Civil Veterinary Dept. Bombay admin report 1907-1913 - 1907-1913
Year: 1907
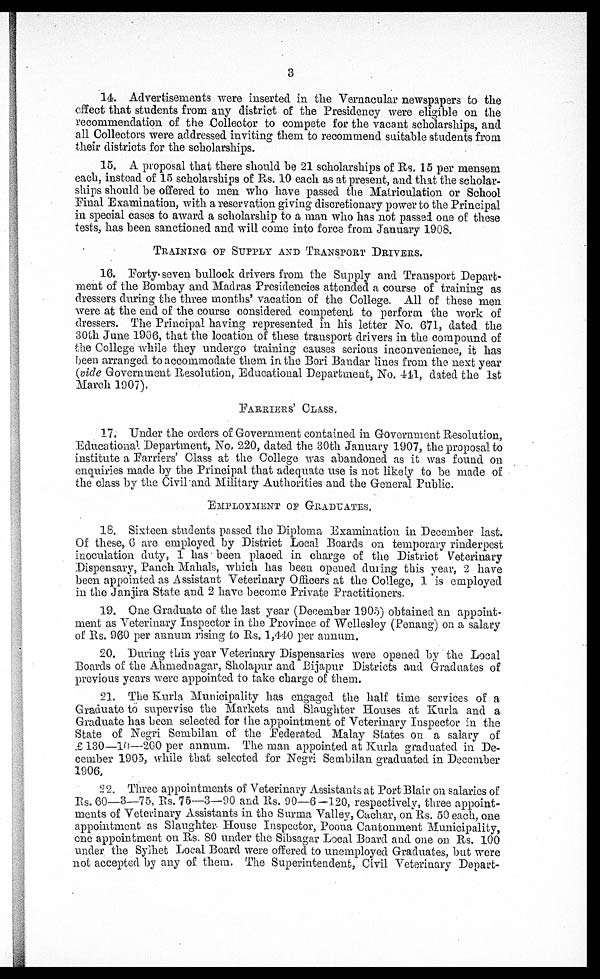
3
14. Advertisements were inserted in the Vernacular newspapers to the
effect that students from any district of the Presidency were eligible on the
recommendation of the Collector to compete for the vacant scholarships, and
all Collectors were addressed inviting them to recommend suitable students from
their districts for the scholarships.
15. A proposal that there should he 21 scholarships of Rs. 15 per mensem
each, instead of 15 scholarships of Rs. 10 each as at present, and that the scholar-
ships should be offered to men who have passed the Matriculation or School
Pinal Examination, with a reservation giving discretionary power to the Principal
in special cases to award a scholarship to a man who has not passed one of these
tests, has been sanctioned and will come into force from January 1908.
TRAINING OF SUPPLY AND TRANSPORT DRIVERS.
16. Forty-seven bullock drivers from the Supply and Transport Depart-
ment of the Bombay and Madras Presidencies attended a course of training as
dressers during the three months' vacation of the College. All of these men
were at the end of the course considered competent to perform the work of
dressers. The Principal having represented in his letter No. 671, dated the
30th June 1906, that the location of these transport drivers in the compound of
the College while they undergo training causes serious inconvenience, it has
been arranged to accommodate them in the Bori Bandar lines from the next year
(vide Government Resolution, Educational Department, No. 441, dated the 1st
March 1907).
FARRIERS' CLASS.
17. Under the orders of Government contained in Government Resolution,
Educational Department, No. 220, dated the 80th January 1907, the proposal to
institute a Farners' Class at the College was abandoned as it was found on
enquiries made by the Principal that adequate use is not likely to be made of
the class by the Civil "and Military Authorities and the General Public.
EMPLOYMENT OF GRADUATES,
18. Sixteen students passed the Diploma Examination in December last.
Of these, 6 are employed by District Local Boards on temporary rinderpest
inoculation duty, 1 has been placed in charge of the District Veterinary
Dispensary, Panch Mahals, which has been opened during this year, 2 have
been appointed as Assistant Veterinary Officers at the College, 1 is employed
in the Janjira State and 2 have become Private Practitioners,
19. One Graduate of the last year (December 1905) obtained an appoint-
ment as Veterinary Inspector in the Province of Wellesley (Ponang) on a salary
of Rs. 960 per annum rising to Rs. 1,440 per annum.
20. During this year Veterinary Dispensaries were opened by the Local
Boards of the Ahmednagar, Sholapur and Bijapur Districts and Graduates of
previous years were appointed to take charge of them.
21. The Kurla Municipality has engaged the half time services of a
Graduate to supervise the Markets and Slaughter Houses at Kurla and a
Graduate has been selected for the appointment of Veterinary Inspector in the
State of Negri Sembilan of the Federated Malay States on a salary of
£ 130—10—200 per annum. The man appointed at Kurla graduated in De-
cember 1905, while that selected for Negri Sembilan graduated in December
1906.
22. Three appointments of Veterinary Assistants at Port Blair on salaries of
Rs. 60—3—75, Rs. 75—3—90 and Rs. 90—6-120, respectively, three appoint-
ments of Veterinary Assistants in the Surma Valley, Cachar, on Rs. 50 each, one
appointment as Slaughter- House Inspector, Poona Cantonment Municipality,
one appointment on Rs. 80 under the Sibsagar Local Board and one on Rs. 100
under the Sylhet Local Board were offered to unemployed Graduates, but were
not accepted by any of them. The Superintendent, Civil Veterinary Depart-